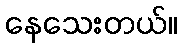
နေသေးတယ်။